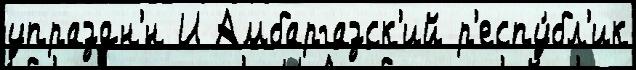
упраздн'́н И Амбаргазск'ий р'еспу́бл'ик